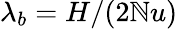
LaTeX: \lambda_{b}=H/(2\mathbb{N}u)